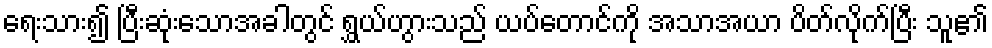
ရေးသား၍ ပြီးဆုံးသောအခါတွင် ရွှယ်ဟွားသည် ယပ်တောင်ကို အသာအယာ ပိတ်လိုက်ပြီး သူ၏